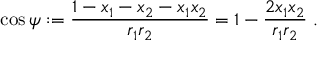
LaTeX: \cos \psi : = \frac { 1 - x _ { 1 } - x _ { 2 } - x _ { 1 } x _ { 2 } } { r _ { 1 } r _ { 2 } } = 1 - \frac { 2 x _ { 1 } x _ { 2 } } { r _ { 1 } r _ { 2 } } \; .